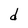
Character: d